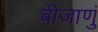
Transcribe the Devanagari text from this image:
बीजाणुं